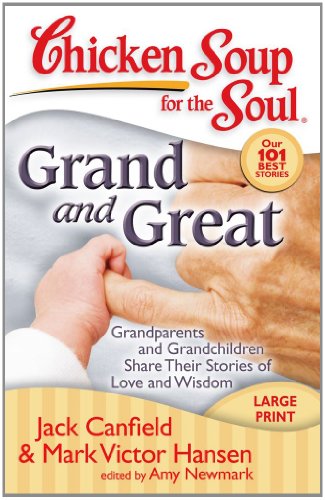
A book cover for Chicken Soup for the Soul: Grand and Great: Grandparents and Grandchildren Share Their Stories of Love and Wisdom; Jack Canfield; Parenting & Relationships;